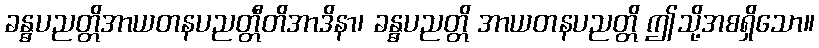
ခန္ဓပညတ္တိအာယတနပညတ္တီတိအာဒိနာ၊ ခန္ဓပညတ္တိ အာယတနပညတ္တိ ဤသို့အစရှိသော။